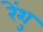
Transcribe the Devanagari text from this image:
रेंशु